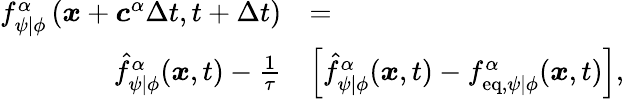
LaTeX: \begin{array}{rl}{f_{\psi\vert\phi}^{\alpha}\left(\boldsymbol{x}+\boldsymbol{c}^{\alpha}\Delta{t},t+\Delta{t}\right)}&{=}\\ {\hat{f}_{\psi\vert\phi}^{\alpha}(\boldsymbol{x},t)-\frac{1}{\tau}}&{\left[\hat{f}_{\psi\vert\phi}^{\alpha}(\boldsymbol{x},t)-f_{\mathrm{eq},\psi\vert\phi}^{\alpha}(\boldsymbol{x},t)\right],}\end{array}